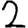
Digit: 2